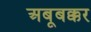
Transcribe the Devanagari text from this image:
अबूबक्कर